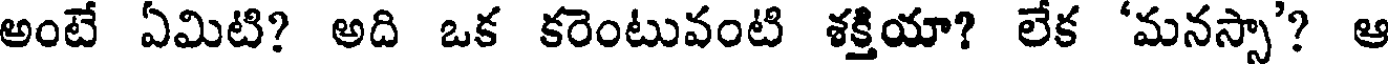
అంటే ఏమిటి? అది ఒక కరెంటువంటి శక్తియా? లేక 'మనస్సా'? ఆ